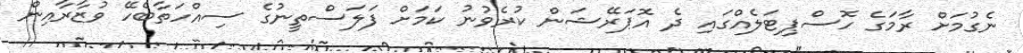
ނެގުމަށް ރާމަގެ ހޮސްޕިޓަލެއްގައި ދެ އޮޕަރޭޝަން ކުރެވުނު ކަމަށް ފަލަސްތީނުގެ ސިއްހަތާބެހޭ ވުޒާރާއިން